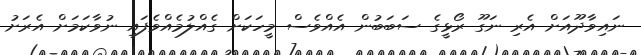
ނައިވާދޫއަށް އެރި ނަގޫ ރޯޅީގެ ސަބަބުން އެއްވެސް މީހަކަށް ގެއްލުމެއްވެފައި ނުވާކަމަށް އެރަށު